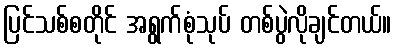
ပြင်သစ်စတိုင် အရွက်စုံသုပ် တစ်ပွဲလိုချင်တယ်။